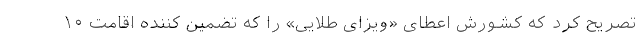
تصریح کرد که کشورش اعطای «ویزای طلایی» را که تضمین کننده اقامت ۱۰